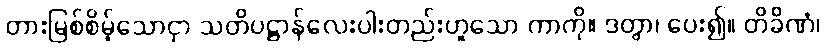
တားမြစ်စိမ့်သောငှာ သတိပဋ္ဌာန်လေးပါးတည်းဟူသော ကာကို။ ဒတွာ၊ ပေး၍။ တိခိဏံ၊